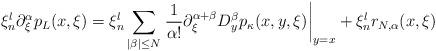
LaTeX: \begin{align*}\xi_n^l\partial_\xi^\alpha p_L(x,\xi)=\xi_n^l\sum_{|\beta|\leq N}\left.\dfrac{1}{\alpha!}\partial_\xi^{\alpha+\beta}D_y^\beta p_\kappa(x,y,\xi)\right|_{y=x}+\xi_n^lr_{N,\alpha}(x,\xi)\end{align*}